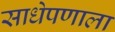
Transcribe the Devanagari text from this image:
साधेपणाला